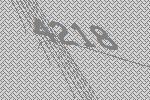
4218